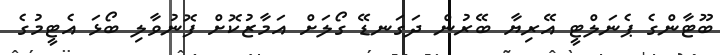
ބޫޓާންގެ ޕެނަލްޓީ އޭރިޔާ ބޭރުން ދަގަނޑޭ ގޯލަށް އަމާޒުކޮށް ފޮނުވާލި ބޯޅަ އެޓީމުގެ